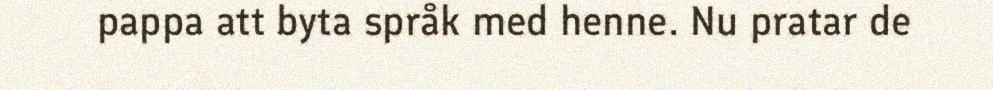
pappa att byta språk med henne. Nu pratar de